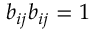
b _ { i j } b _ { i j } = 1